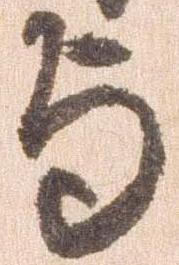
与